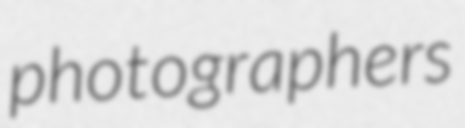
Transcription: photographers